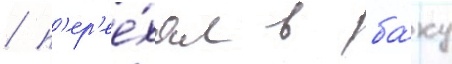
/ п'ер'ее́хал в ба́ку